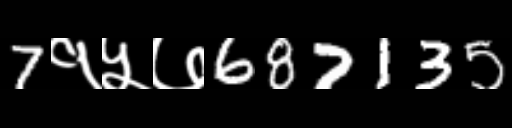
Text: 7१५७687135